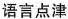
语言点津